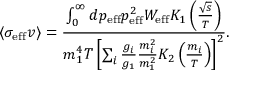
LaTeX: \langle \sigma _ { \mathrm { { e f f } } } v \rangle = \frac { \int _ { 0 } ^ { \infty } d p _ { \mathrm { e f f } } p _ { \mathrm { { e f f } } } ^ { 2 } W _ { \mathrm { e f f } } K _ { 1 } \left( \frac { \sqrt { s } } { T } \right) } { m _ { 1 } ^ { 4 } T \left[ \sum _ { i } \frac { g _ { i } } { g _ { 1 } } \frac { m _ { i } ^ { 2 } } { m _ { 1 } ^ { 2 } } K _ { 2 } \left( \frac { m _ { i } } { T } \right) \right] ^ { 2 } } .